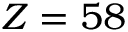
Z = 5 8